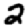
Digit: 2